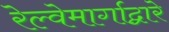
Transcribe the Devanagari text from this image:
रेल्वेमार्गाद्वारे